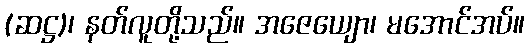
(ဆဋ္ဌ)၊ နတ်လူတို့သည်။ အဇေယျော၊ မအောင်အပ်။